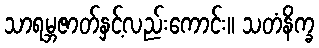
သာရမ္ဘဇာတ်နှင့်လည်းကောင်း။ သတံနိက္ခ